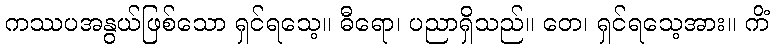
ကဿပအနွယ်ဖြစ်သော ရှင်ရသေ့။ ဓီရော၊ ပညာရှိသည်။ တေ၊ ရှင်ရသေ့အား။ ကိံ